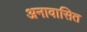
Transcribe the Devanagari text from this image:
अनावासित